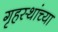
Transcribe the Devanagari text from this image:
गृहस्थांच्या